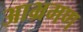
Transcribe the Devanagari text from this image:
आभ्रमण